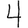
Digit: 4